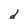
Character: d